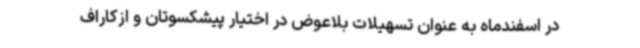
در اسفندماه به عنوان تسهیلات بلاعوض در اختیار پیشکسوتان و ازکاراف